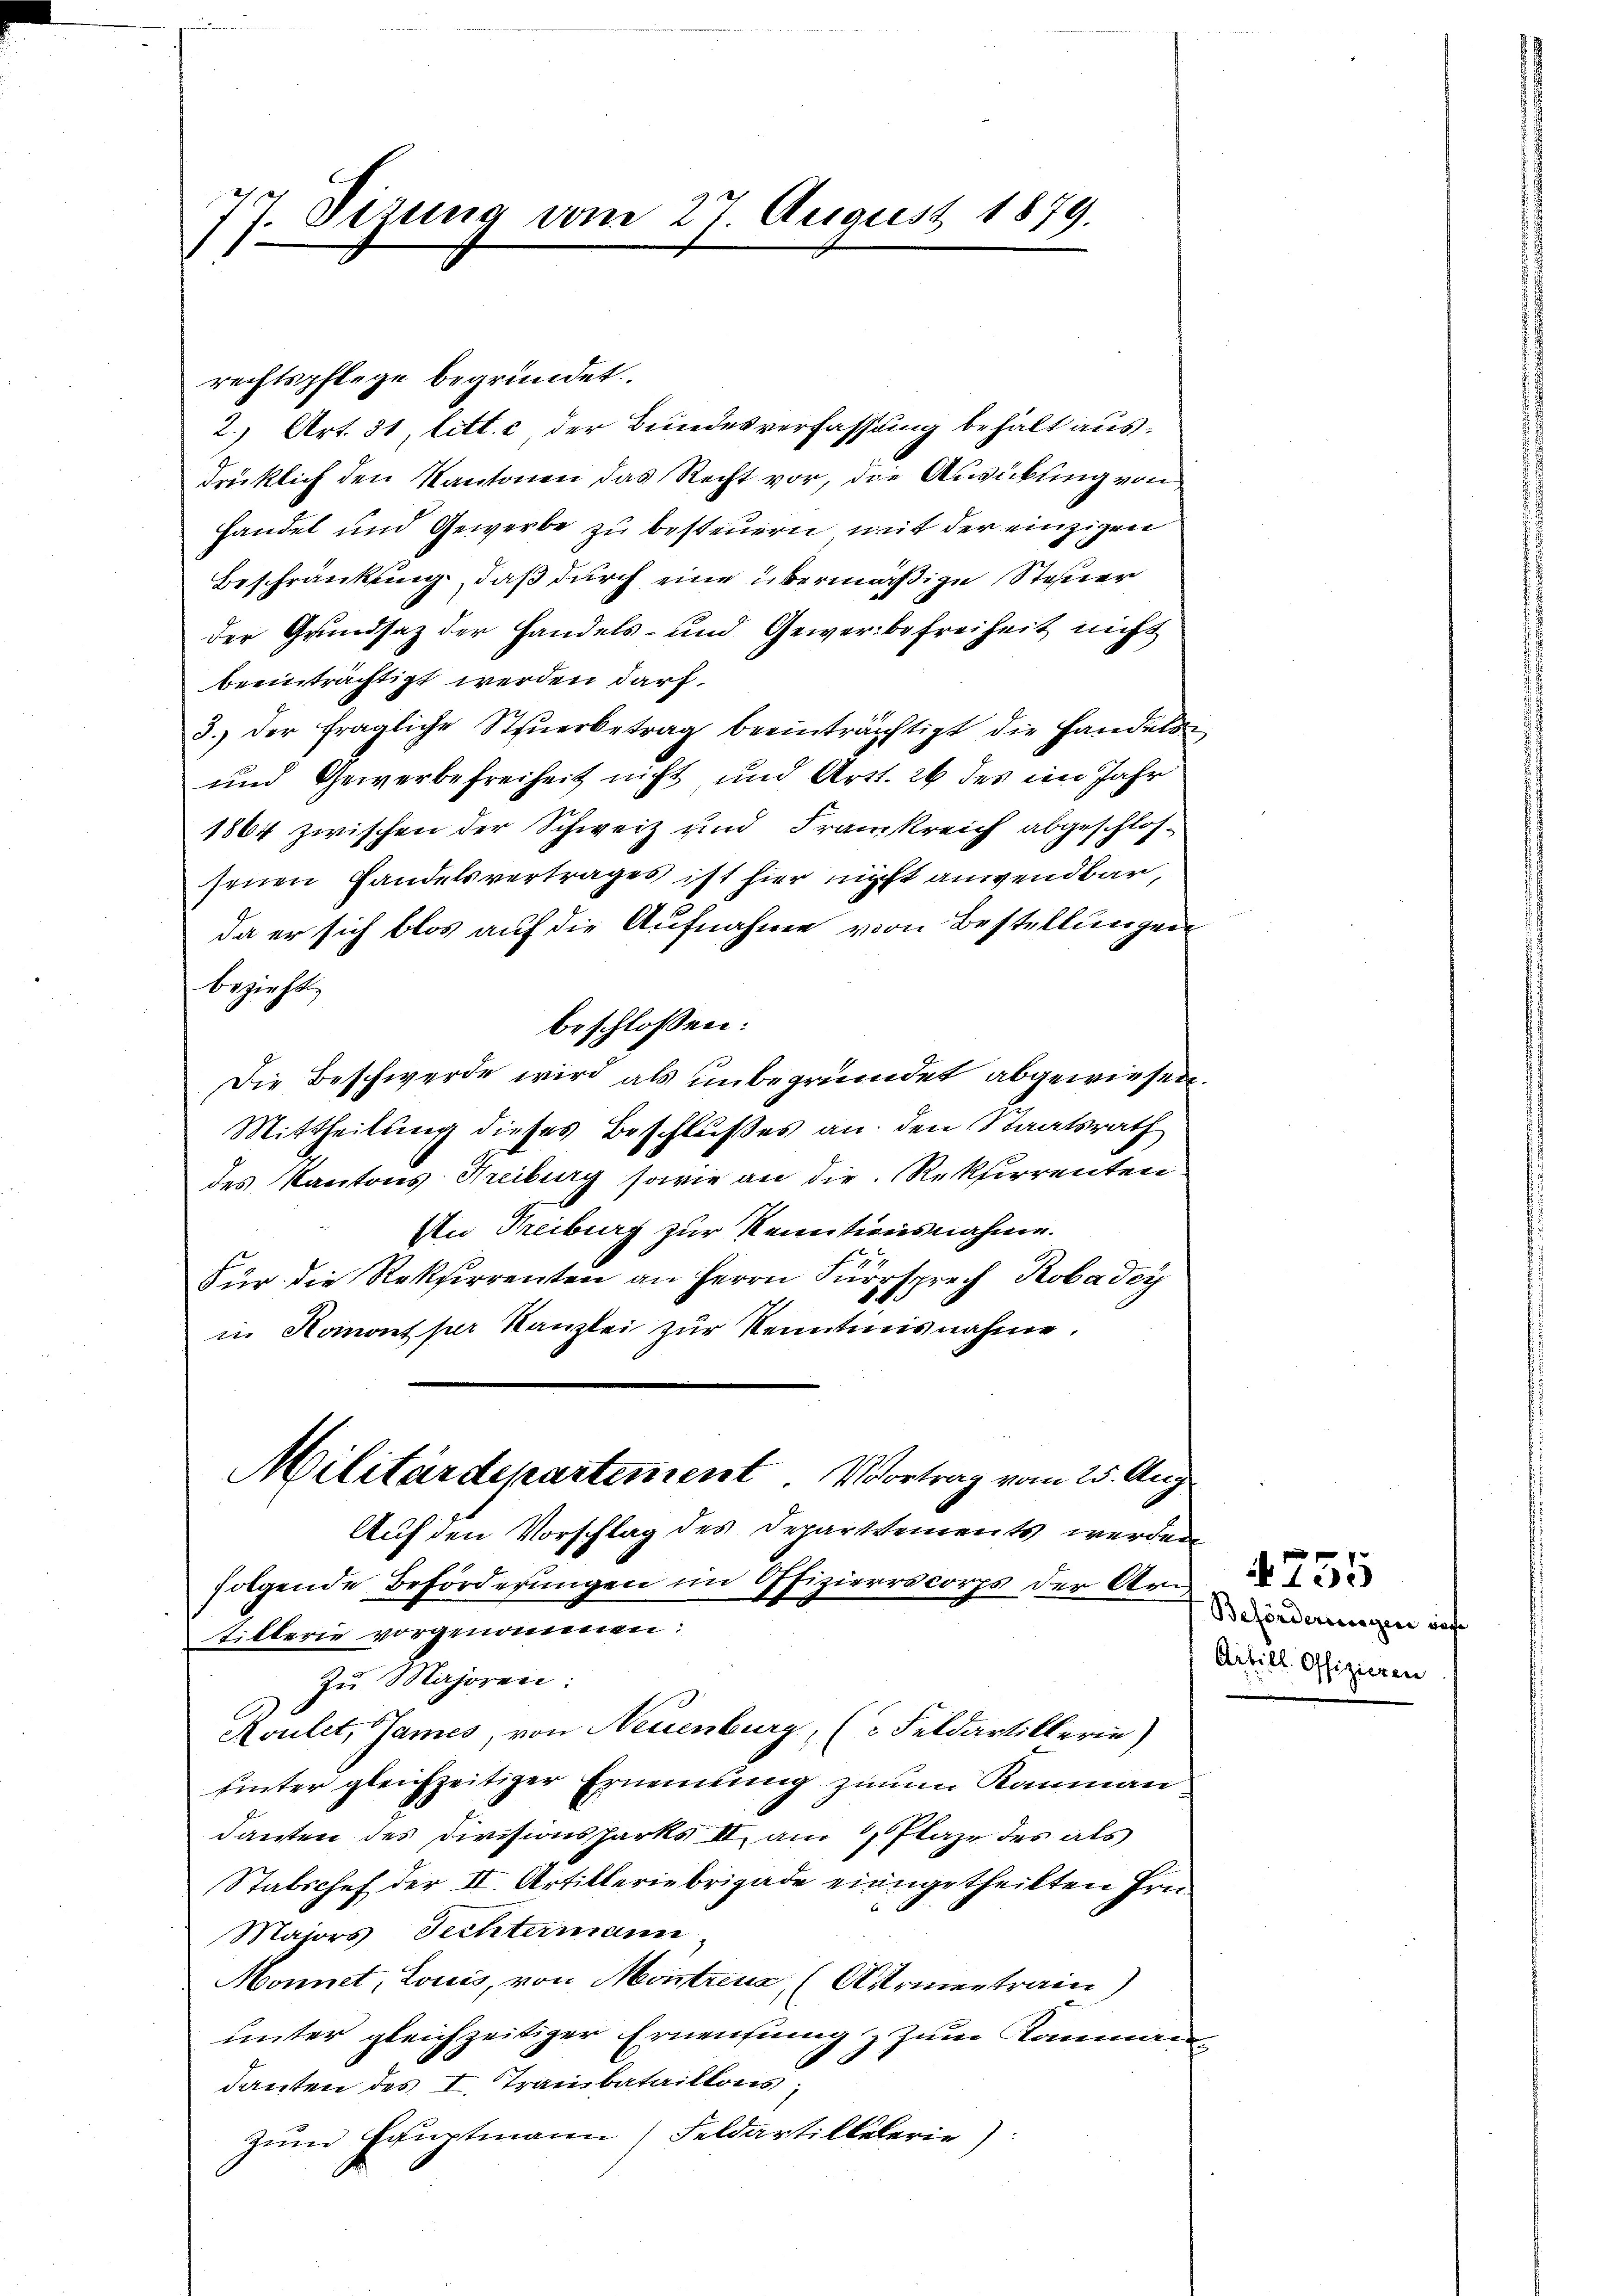
7. Dizung vom 27. August 1879.
.

rechtspflege begründet.
2.) Art. 31, litt. c der Bundesverfassung behält ausdrücklich den Kantonen das Recht vor, die Ausickling von
handel und Gewerbe zu besteuern mit der einzigen
Beschränkung, daß durch eine übermäßige Steuer
der Grundsaz der Handels- und Gewerbefreiheit nicht
beeinträchtigt werden darf.
3.) der fragliche Steŭerbetrag beeinträchtigt die Handels
und Gewerbefreiheit nicht und Art. 26 des im Jahr
1864 zwischen der Schweiz und Franzkreich abgeschlossenen Handelsvertrages ist hier nicht anwendbar,
da er sich blos auf die Aufnahme von Bestellungen
bezieht.
beschlossen:
Die Beschwerde wird als unbegründet abgewiesen.
Mittheilung dieses Beschlußes an den Staatsrath
des Kantons Kreiburg sowie an die Rekurrenten.
An Freiburg zur Kenntionsnahme.
Für die Rekurrenten an Herrn Fürsprech Kobadey
in Homont per Kanzlei zur Kenntnisnahme.
Militärdepartement Vortrag vom 25. Aug.
Auf den Vorschlag des Departements werden
folgende Beförderungen im Offizierrscorps der Arn
tillerie vorgenommen:
Zŭ Majoren:
Aoulet, James, von Neuenburg, (3 Feldartillerin)
hinter gleichzeitiger Ernennung zum Kammann
danten des Divisionsparks II am Plaze des als
Stabschef der II. Artilleriebrigade eingetheilten Hrn.
Majors Fechtermann
Monnet, Louis, von Montreux, (Armentrain
unter gleichzeitiger Ernennung & zum Raumandanten des I. Trambataillons,
zŭm Hauptmann Feldartilkelerie)

Beförderungen diese
Artill. Offizieren